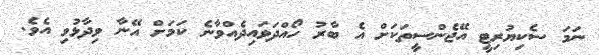
ނަމަ ސެކިޔުރިޓީ އޭޖެންސީތަކަށް އެ ބާރު ހޯއްދަވައިދެއްވާނެ ކަމަށް އޭނާ ވިދާޅުވި އެވެ.